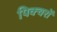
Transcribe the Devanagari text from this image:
पिक्चरों